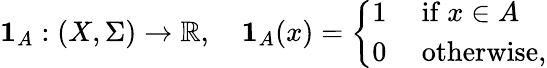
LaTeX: \mathbf{1}_{A}:(X,\Sigma)\to\mathbb{R},\quad\mathbf{1}_{A}(x)={\left\{ \begin{array}{ll}{1}&{{\mathrm{~if~}}x\in A}\\ {0}&{{\mathrm{~otherwise}},}\end{array}\right.}